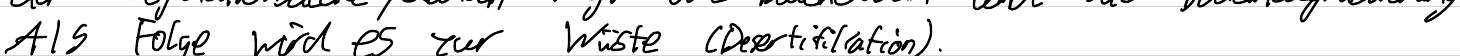
Als Folge wird es zur Wüste (Desertifikation).